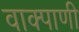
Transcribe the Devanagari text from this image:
वाक्पाणी